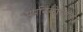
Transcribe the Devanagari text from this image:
पपनिकोलाऊ